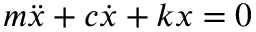
m { \ddot { x } } + c { \dot { x } } + k x = 0